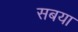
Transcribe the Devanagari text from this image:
सबया